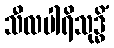
သီလပါရိသုဒ္ဓိံ